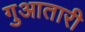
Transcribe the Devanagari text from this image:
गुआतारी